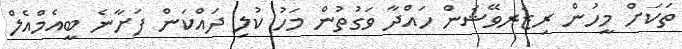
ތަކަށް މީހުން ރިޒަރވޭޝަން ހައްދާ ވަގުތުން މަހު ކުލި ދައްކަން ފަށާނެ ބީއެމްއެލް